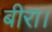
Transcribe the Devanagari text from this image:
बीरा।